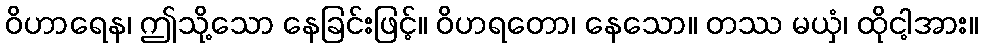
ဝိဟာရေန၊ ဤသို့သော နေခြင်းဖြင့်။ ဝိဟရတော၊ နေသော။ တဿ မယှံ၊ ထိုငါ့အား။